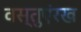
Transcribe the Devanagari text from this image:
वस्तुएंरख